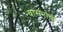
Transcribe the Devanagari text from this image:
वासनांची